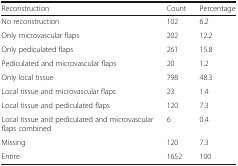
<table><thead><tr><td><b>Reconstruction</b></td><td><b>Count</b></td><td><b>Percentage</b></td></tr></thead><tbody><tr><td>No reconstruction</td><td>102</td><td>6.2</td></tr><tr><td>Only microvascular flaps</td><td>202</td><td>12.2</td></tr><tr><td>Only pediculated flaps</td><td>261</td><td>15.8</td></tr><tr><td>Pediculated and microvascular flaps</td><td>20</td><td>1.2</td></tr><tr><td>Only local tissue</td><td>798</td><td>48.3</td></tr><tr><td>Local tissue and microvascular flaps</td><td>23</td><td>1.4</td></tr><tr><td>Local tissue and pediculated flaps</td><td>120</td><td>7.3</td></tr><tr><td>Local tissue and pediculated and microvascular flaps combined</td><td>6</td><td>0.4</td></tr><tr><td>Missing</td><td>120</td><td>7.3</td></tr><tr><td>Entire</td><td>1652</td><td>100</td></tr></tbody></table>